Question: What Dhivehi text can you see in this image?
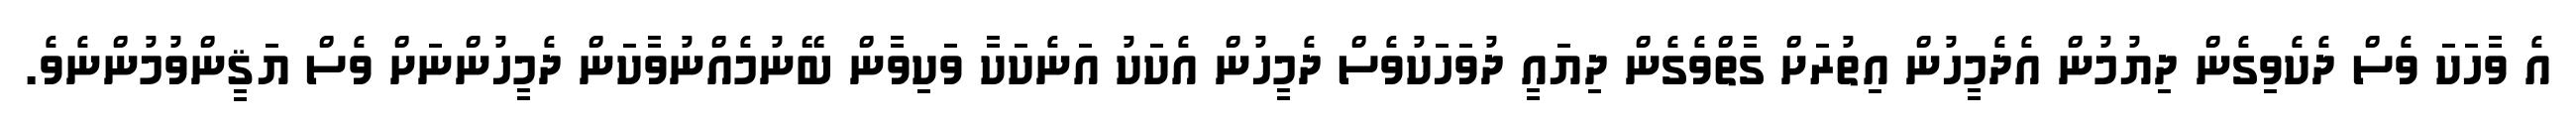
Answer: އެ ވާހަކަ ވެސް ދެކެވިގެން ދިޔުމުން އެދެމީހުން އިތުރަށް ގާތްވެގެން ދިޔައީ ދުވަހަކުވެސް ދެމީހުން އެކަކު އަނެކަކާ ވަކިވާން ބޭނުމެއްނުވާކަން ދެމީހުންނަށް ވެސް ޔަޤީންވުމުންނެވެ.